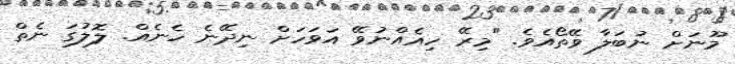
މޫނަށް ނުބަލާ ވޭތޯއެވެ. "މިރޭ ހިއެއްނުވޭ އަވަހަށް ނިދޭނެ ހެނެއް. ލޮލުގަ ނެތް